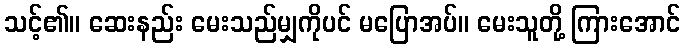
သင့်၏။ ဆေးနည်း မေးသည်မျှကိုပင် မပြောအပ်။ မေးသူတို့ ကြားအောင်